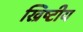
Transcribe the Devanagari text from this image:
ख्रिष्टीय